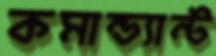
কমান্ড্যান্ট